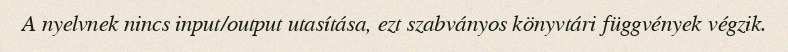
A nyelvnek nincs input/output utasítása, ezt szabványos könyvtári függvények végzik.